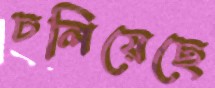
ঢলিয়েছে